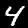
Digit: 4